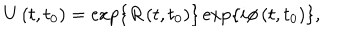
U \left( t , t _ { 0 } \right) = \exp \left\{ R \left( t , t _ { 0 } \right) \right\} \exp \left\{ i \phi \left( t , t _ { 0 } \right) \right\} ,